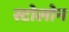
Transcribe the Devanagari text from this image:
स्टोलोन